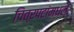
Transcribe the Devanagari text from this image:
चित्रपटांमधले